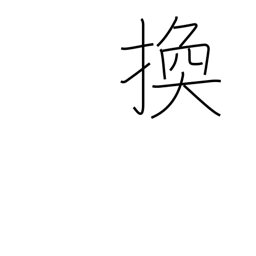
Meaning: interchange